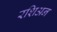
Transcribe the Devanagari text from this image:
रशिअन